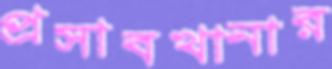
প্রসাবখানার